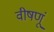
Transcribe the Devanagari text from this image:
वीषणूं